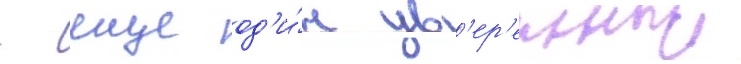
- еще од'и́н ув'ер'енныи